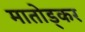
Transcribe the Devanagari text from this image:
मातोड्कर